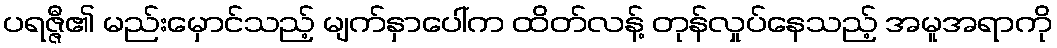
ပရဇ္ဇီ၏ မည်းမှောင်သည့် မျက်နှာပေါ်က ထိတ်လန့် တုန်လှုပ်နေသည့် အမူအရာကို